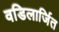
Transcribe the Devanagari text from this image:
वडिलार्जित